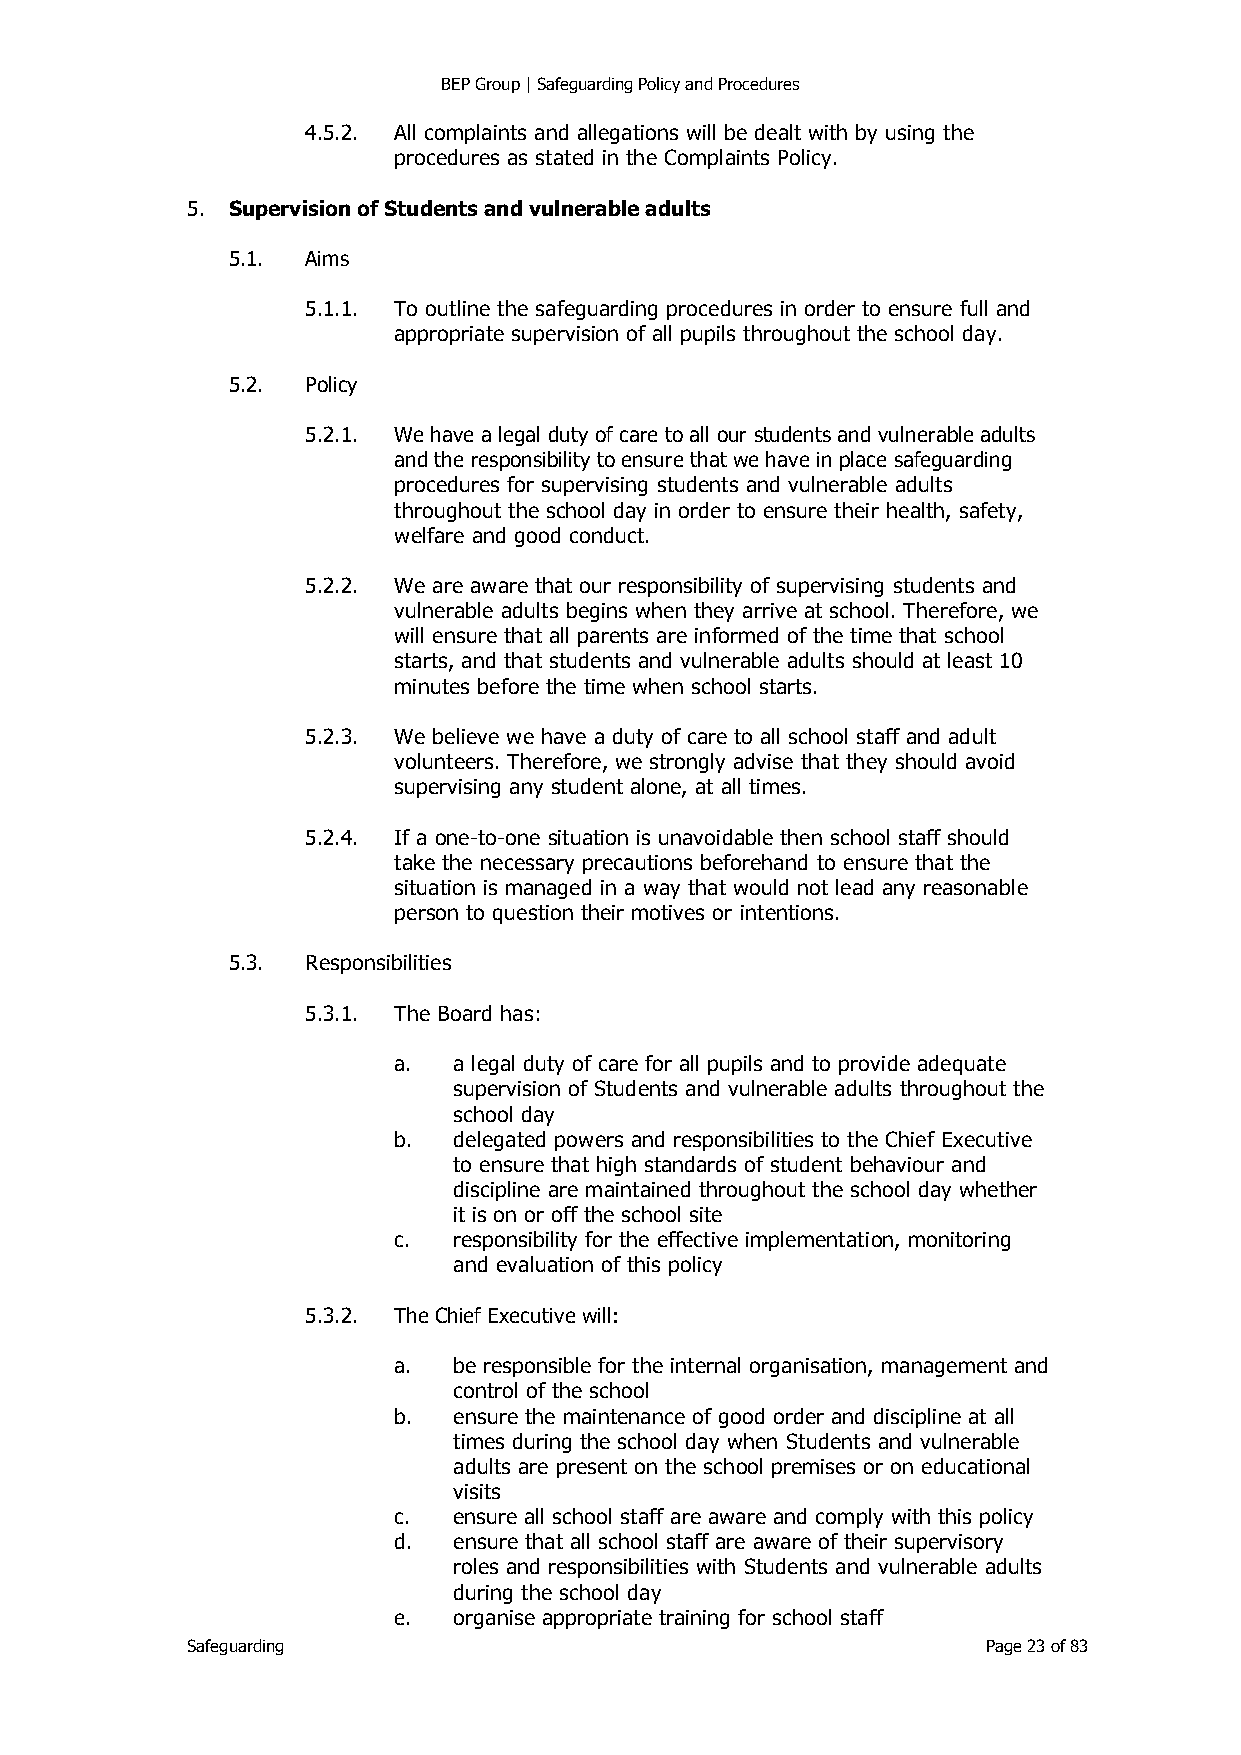
BEP Group | Safeguarding Policy and Procedures
 4.5.2. All complaints and allegations will be dealt with by using the
 procedures as stated in the Complaints Policy.
 5. Supervision of Students and vulnerable adults
 5.1. Aims
 5.1.1. To outline the safeguarding procedures in order to ensure full and
 appropriate supervision of all pupils throughout the school day.
 5.2. Policy
 5.2.1. We have a legal duty of care to all our students and vulnerable adults
 and the responsibility to ensure that we have in place safeguarding
 procedures for supervising students and vulnerable adults
 throughout the school day in order to ensure their health, safety,
 welfare and good conduct.
 5.2.2. We are aware that our responsibility of supervising students and
 vulnerable adults begins when they arrive at school. Therefore, we
 will ensure that all parents are informed of the time that school
 starts, and that students and vulnerable adults should at least 10
 minutes before the time when school starts.
 5.2.3. We believe we have a duty of care to all school staff and adult
 volunteers. Therefore, we strongly advise that they should avoid
 supervising any student alone, at all times.
 5.2.4. If a one-to-one situation is unavoidable then school staff should
 take the necessary precautions beforehand to ensure that the
 situation is managed in a way that would not lead any reasonable
 person to question their motives or intentions.
 5.3. Responsibilities
 5.3.1. The Board has:
 a.  a legal duty of care for all pupils and to provide adequate
 supervision of Students and vulnerable adults throughout the
 school day
 b.  delegated powers and responsibilities to the Chief Executive
 to ensure that high standards of student behaviour and
 discipline are maintained throughout the school day whether
 it is on or off the school site
 c.  responsibility for the effective implementation, monitoring
 and evaluation of this policy
 5.3.2. The Chief Executive will:
 a.  be responsible for the internal organisation, management and
 control of the school
 b.  ensure the maintenance of good order and discipline at all
 times during the school day when Students and vulnerable
 adults are present on the school premises or on educational
 visits
 c.  ensure all school staff are aware and comply with this policy
 d.  ensure that all school staff are aware of their supervisory
 roles and responsibilities with Students and vulnerable adults
 during the school day
 e.  organise appropriate training for school staff
 Safeguarding                                         Page 23 of 83